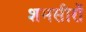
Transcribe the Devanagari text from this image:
शमसीरों